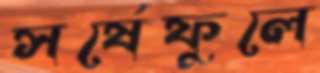
সর্ষেফুলে